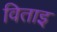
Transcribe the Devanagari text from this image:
विताइ